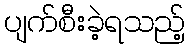
ပျက်စီးခဲ့ရသည့်